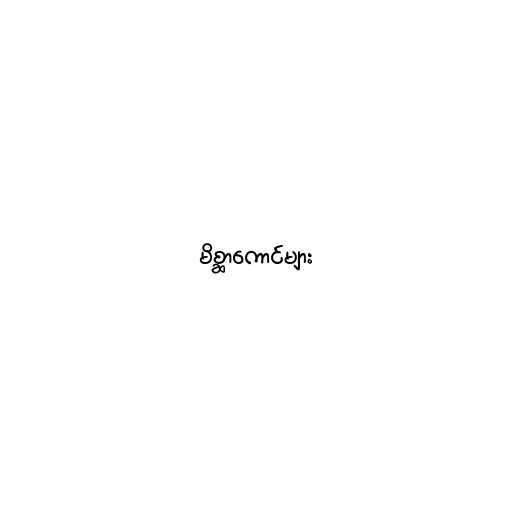
မိစ္ဆာကောင်များ